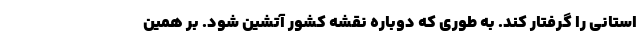
استانی را گرفتار کند. به طوری که دوباره نقشه کشور آتشین شود. بر همین